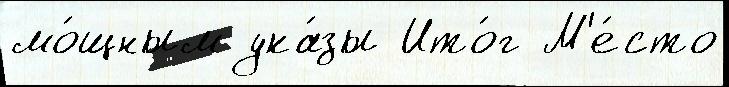
мо́щным ука́зы Ито́г М'е́сто